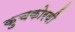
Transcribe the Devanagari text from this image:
कुचकोरवी